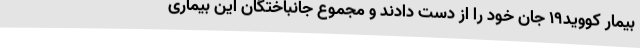
بیمار کووید19 جان خود را از دست دادند و مجموع جانباختگان این بیماری